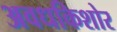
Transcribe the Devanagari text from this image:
अवधकिशोर